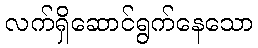
လက်ရှိဆောင်ရွက်နေသော